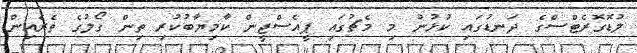
ލުޑޮގޮރެޓްސްގެ ދަނޑުގައި ކުޅުނު މި މެޗުގައި ޕީއެސްޖީން ކާމިޔާބުކުރި ތިން ގޯލުގެ ތެރެއިން